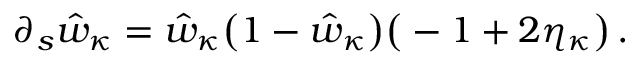
\partial _ { s } \hat { w } _ { \kappa } = \hat { w } _ { \kappa } \big ( 1 - \hat { w } _ { \kappa } \big ) \big ( - 1 + 2 \eta _ { \kappa } \big ) \, .